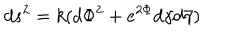
d s ^ { 2 } = k ( d { \Phi } ^ { 2 } + e ^ { 2 { \Phi } } { d { \gamma } } { d { \bar { \gamma } } } )